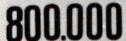
800.000